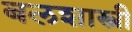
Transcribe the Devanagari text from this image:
बलशास्त्री